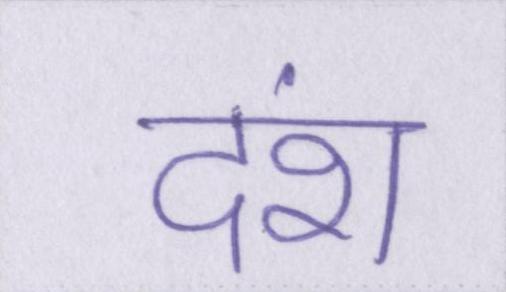
दंश